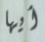
أيها